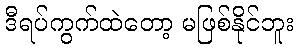
ဒီရပ်ကွက်ထဲတော့ မဖြစ်နိုင်ဘူး